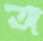
অ্